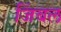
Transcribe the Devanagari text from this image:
जिंबल